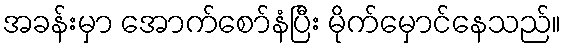
အခန်းမှာ အောက်စော်နံပြီး မိုက်မှောင်နေသည်။